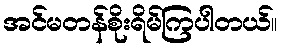
အင်မတန်စိုးရိမ်ကြပါတယ်။